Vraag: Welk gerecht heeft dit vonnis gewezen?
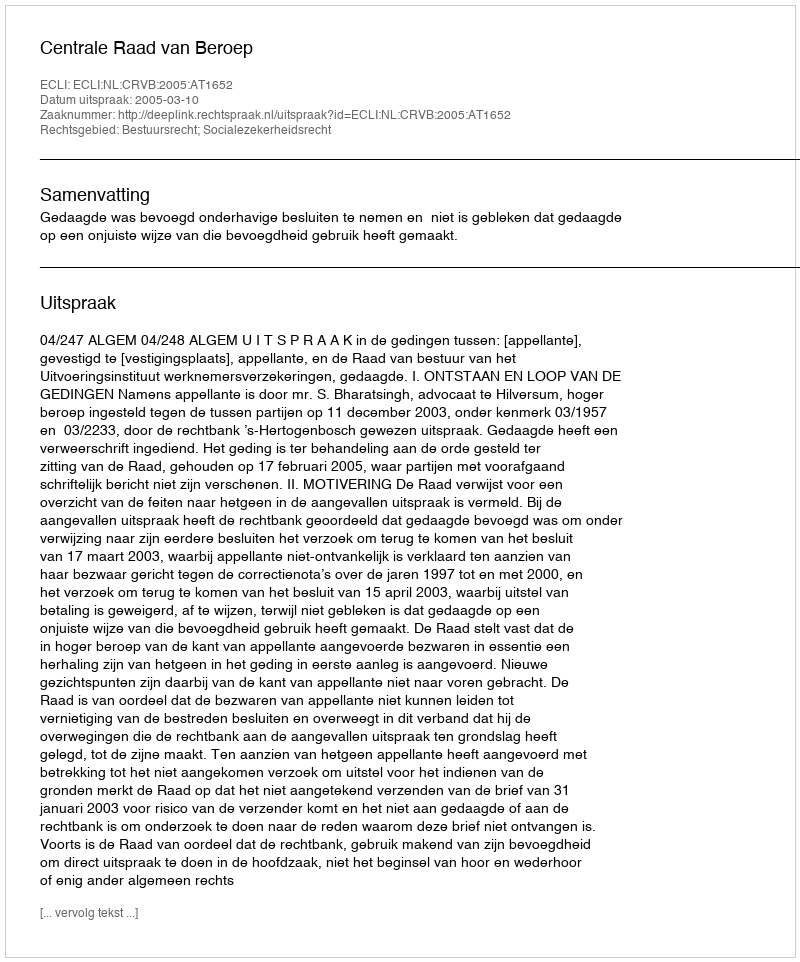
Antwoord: Centrale Raad van Beroep